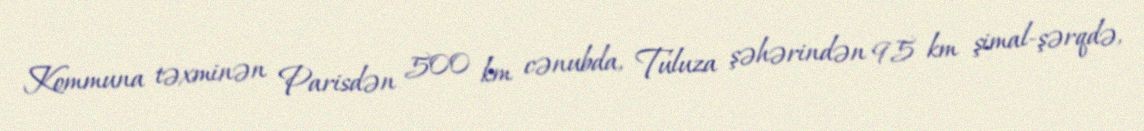
Kommuna təxminən Parisdən 500 km cənubda, Tuluza şəhərindən 95 km şimal-şərqdə,